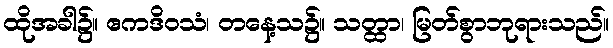
ထိုအခါ၌။ ဧကဒိဝသံ၊ တနေ့သ၌။ သတ္ထာ၊ မြတ်စွာဘုရားသည်။